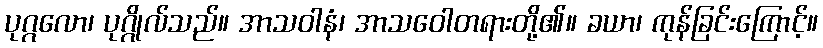
ပုဂ္ဂလော၊ ပုဂ္ဂိုလ်သည်။ အာသဝါနံ၊ အာသဝေါတရားတို့၏။ ခယာ၊ ကုန်ခြင်းကြောင့်။